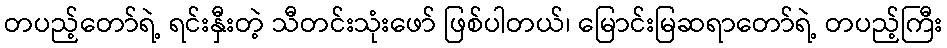
တပည့်တော်ရဲ့ ရင်းနှီးတဲ့ သီတင်းသုံးဖော် ဖြစ်ပါတယ်၊ မြောင်းမြဆရာတော်ရဲ့ တပည့်ကြီး